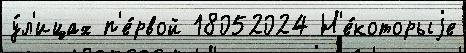
у́л'ицах п'е́рвой 18052024 Н'е́которыjе